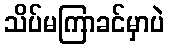
သိပ်မကြာခင်မှာပဲ